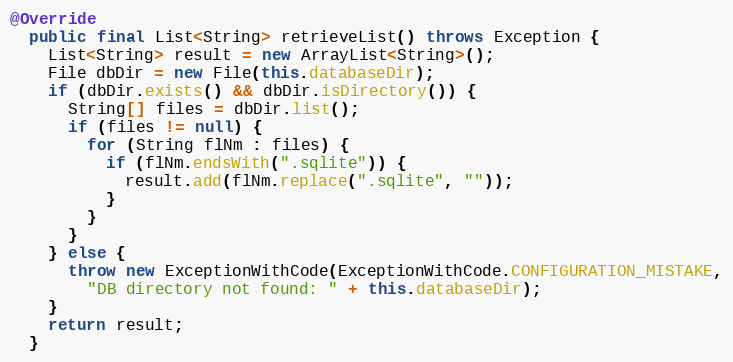
Language: Java
@Override
  public final List<String> retrieveList() throws Exception {
    List<String> result = new ArrayList<String>();
    File dbDir = new File(this.databaseDir);
    if (dbDir.exists() && dbDir.isDirectory()) {
      String[] files = dbDir.list();
      if (files != null) {
        for (String flNm : files) {
          if (flNm.endsWith(".sqlite")) {
            result.add(flNm.replace(".sqlite", ""));
          }
        }
      }
    } else {
      throw new ExceptionWithCode(ExceptionWithCode.CONFIGURATION_MISTAKE,
        "DB directory not found: " + this.databaseDir);
    }
    return result;
  }